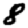
Digit: 8